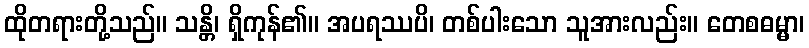
ထိုတရားတို့သည်။ သန္တိ၊ ရှိကုန်၏။ အပရဿပိ၊ တစ်ပါးသော သူအားလည်း။ တေစဓမ္မာ၊